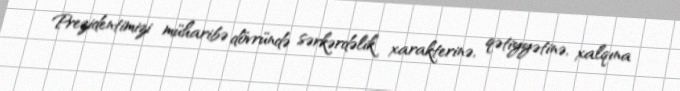
Prezidentimizi müharibə dövründə sərkərdəlik xarakterinə, qətiyyətinə, xalqına